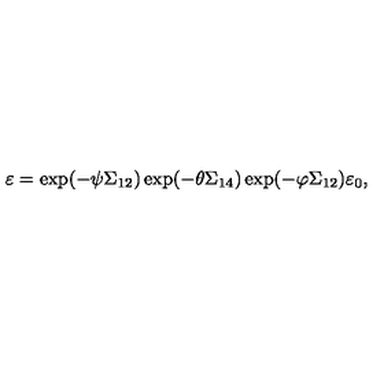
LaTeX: \varepsilon = \exp ( - \psi \Sigma _ { 1 2 } ) \exp ( - \theta \Sigma _ { 1 4 } ) \exp ( - \varphi \Sigma _ { 1 2 } ) \varepsilon _ { 0 } ,